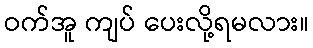
ဝက်အူ ကျပ် ပေးလို့ရမလား။